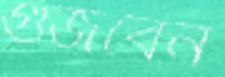
গুঁজবেন